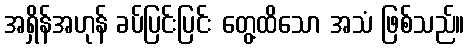
အရှိန်အဟုန် ခပ်ပြင်းပြင်း တွေ့ထိသော အသံ ဖြစ်သည်။